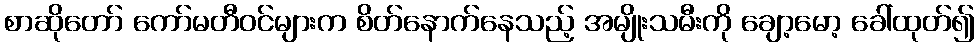
စာဆိုတော် ကော်မတီဝင်များက စိတ်နောက်နေသည့် အမျိုးသမီးကို ချော့မော့ ခေါ်ထုတ်၍